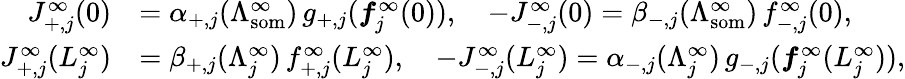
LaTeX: \begin{array}{rl}{J_{+,j}^{\infty}(0)}&{=\alpha_{+,j}(\Lambda_{\mathrm{som}}^{\infty})\, g_{+,j}(\boldsymbol{f}_{j}^{\infty}(0)),\quad-J_{-,j}^{\infty}(0)=\beta_{-,j}(\Lambda_{\mathrm{som}}^{\infty})\, f_{-,j}^{\infty}(0),}\\ {J_{+,j}^{\infty}(L_{j}^{\infty})}&{=\beta_{+,j}(\Lambda_{j}^{\infty})\, f_{+,j}^{\infty}(L_{j}^{\infty}),\quad-J_{-,j}^{\infty}(L_{j}^{\infty})=\alpha_{-,j}(\Lambda_{j}^{\infty})\, g_{-,j}(\boldsymbol{f}_{j}^{\infty}(L_{j}^{\infty})),}\end{array}